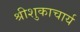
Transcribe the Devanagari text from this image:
श्रीशुकाचार्य